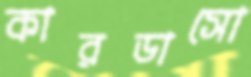
কারডাসো